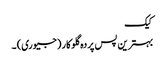
کیک
بہترین پس پردہ گلوکار (جیوری) ۔